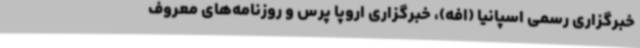
خبرگزاری رسمی اسپانیا (افه)، خبرگزاری اروپا پرس و روزنامه‌های معروف